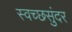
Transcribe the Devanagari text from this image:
स्वच्छसुंदर